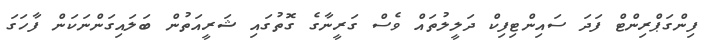
ފިންގަޕްރިންޓް ފަދަ ސައިންޓިފިކް ދަލީލުތައް ވެސް ގަރީނާގެ ގޮތުގައި ޝަރީއަތުން ބަލައިގަންނަކަން ފާހަގަ